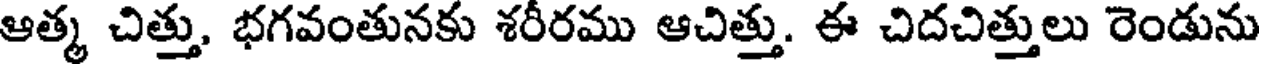
ఆత్మ చిత్తు, భగవంతునకు శరీరము ఆచిత్తు. ఈ చిదచిత్తులు రెండును